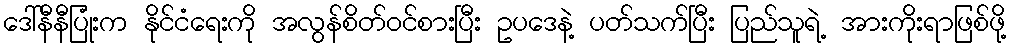
ဒေါ်နီနီပြုံးက နိုင်ငံရေးကို အလွန်စိတ်ဝင်စားပြီး ဥပဒေနဲ့ ပတ်သက်ပြီး ပြည်သူရဲ့ အားကိုးရာဖြစ်ဖို့